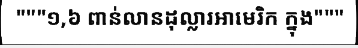
"""១,៦ ពាន់លានដុល្លារអាមេរិក ក្នុង"""